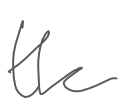
Text: the
Cross-out: clean
Writing tool: digital_gray